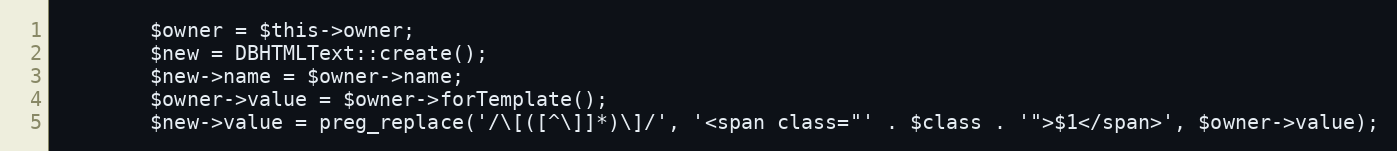
Language: PHP
        $owner = $this->owner;
        $new = DBHTMLText::create();
        $new->name = $owner->name;
        $owner->value = $owner->forTemplate();
        $new->value = preg_replace('/\[([^\]]*)\]/', '<span class="' . $class . '">$1</span>', $owner->value);